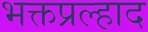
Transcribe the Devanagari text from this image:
भक्तप्रल्हाद